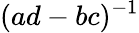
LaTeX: (ad-bc)^{-1}